Vital statistics of India. Vol. IV, Annual returns from 1871 to 1876. British Army of India, Native Army and jails of Bengal
Year: 1871
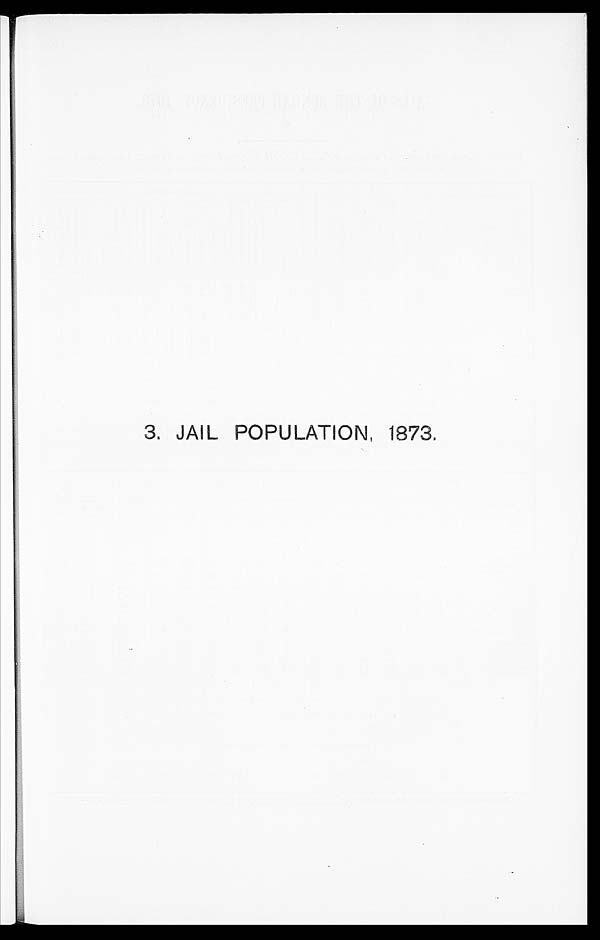
3. JAIL POPULATION, 1873.